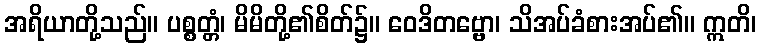
အရိယာတို့သည်။ ပစ္စတ္တံ၊ မိမိတို့၏စိတ်၌။ ဝေဒိတဗ္ဗော၊ သိအပ်ခံစားအပ်၏။ ဣတိ၊